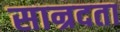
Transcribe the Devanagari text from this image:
सान्रदता